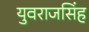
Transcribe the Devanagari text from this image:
युवराजसिंह